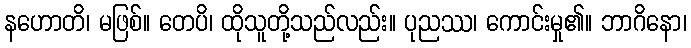
နဟောတိ၊ မဖြစ်။ တေပိ၊ ထိုသူတို့သည်လည်း။ ပုညဿ၊ ကောင်းမှု၏။ ဘာဂိနော၊